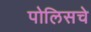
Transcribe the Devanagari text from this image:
पोलिसचे